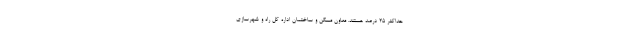
حداکثر ۲۵ درصد هستند. معاون مسکن و ساختمان اداره کل راه و شهرسازی